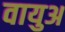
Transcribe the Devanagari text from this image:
वायुअ